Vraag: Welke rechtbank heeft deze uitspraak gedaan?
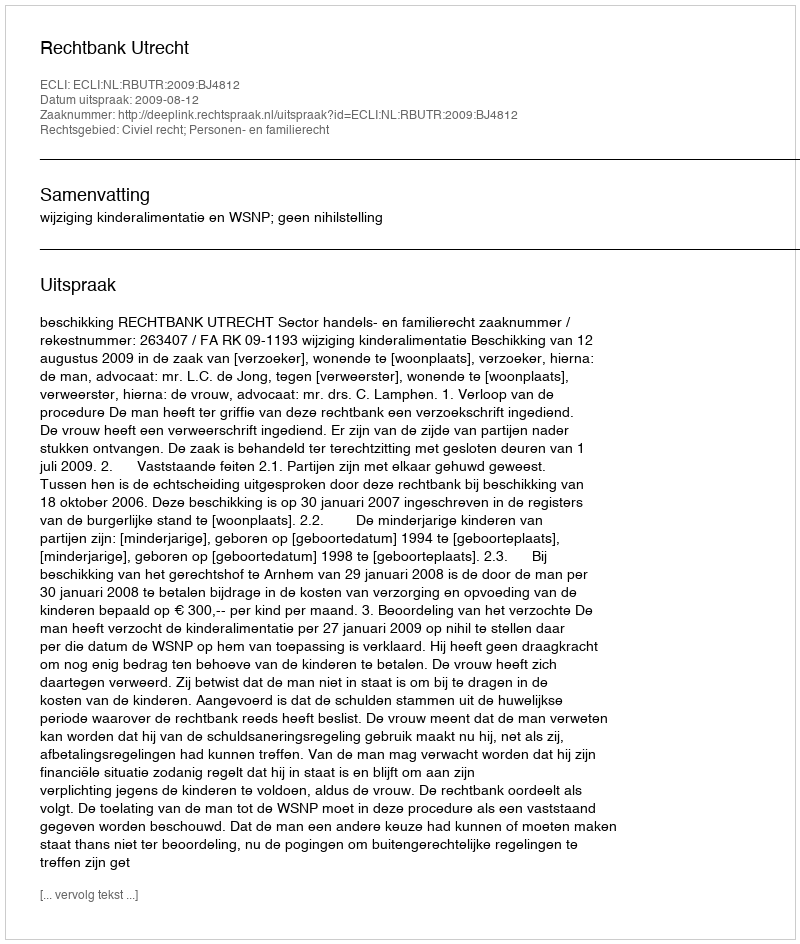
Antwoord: Rechtbank Utrecht